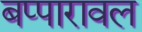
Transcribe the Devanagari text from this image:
बप्पारावल